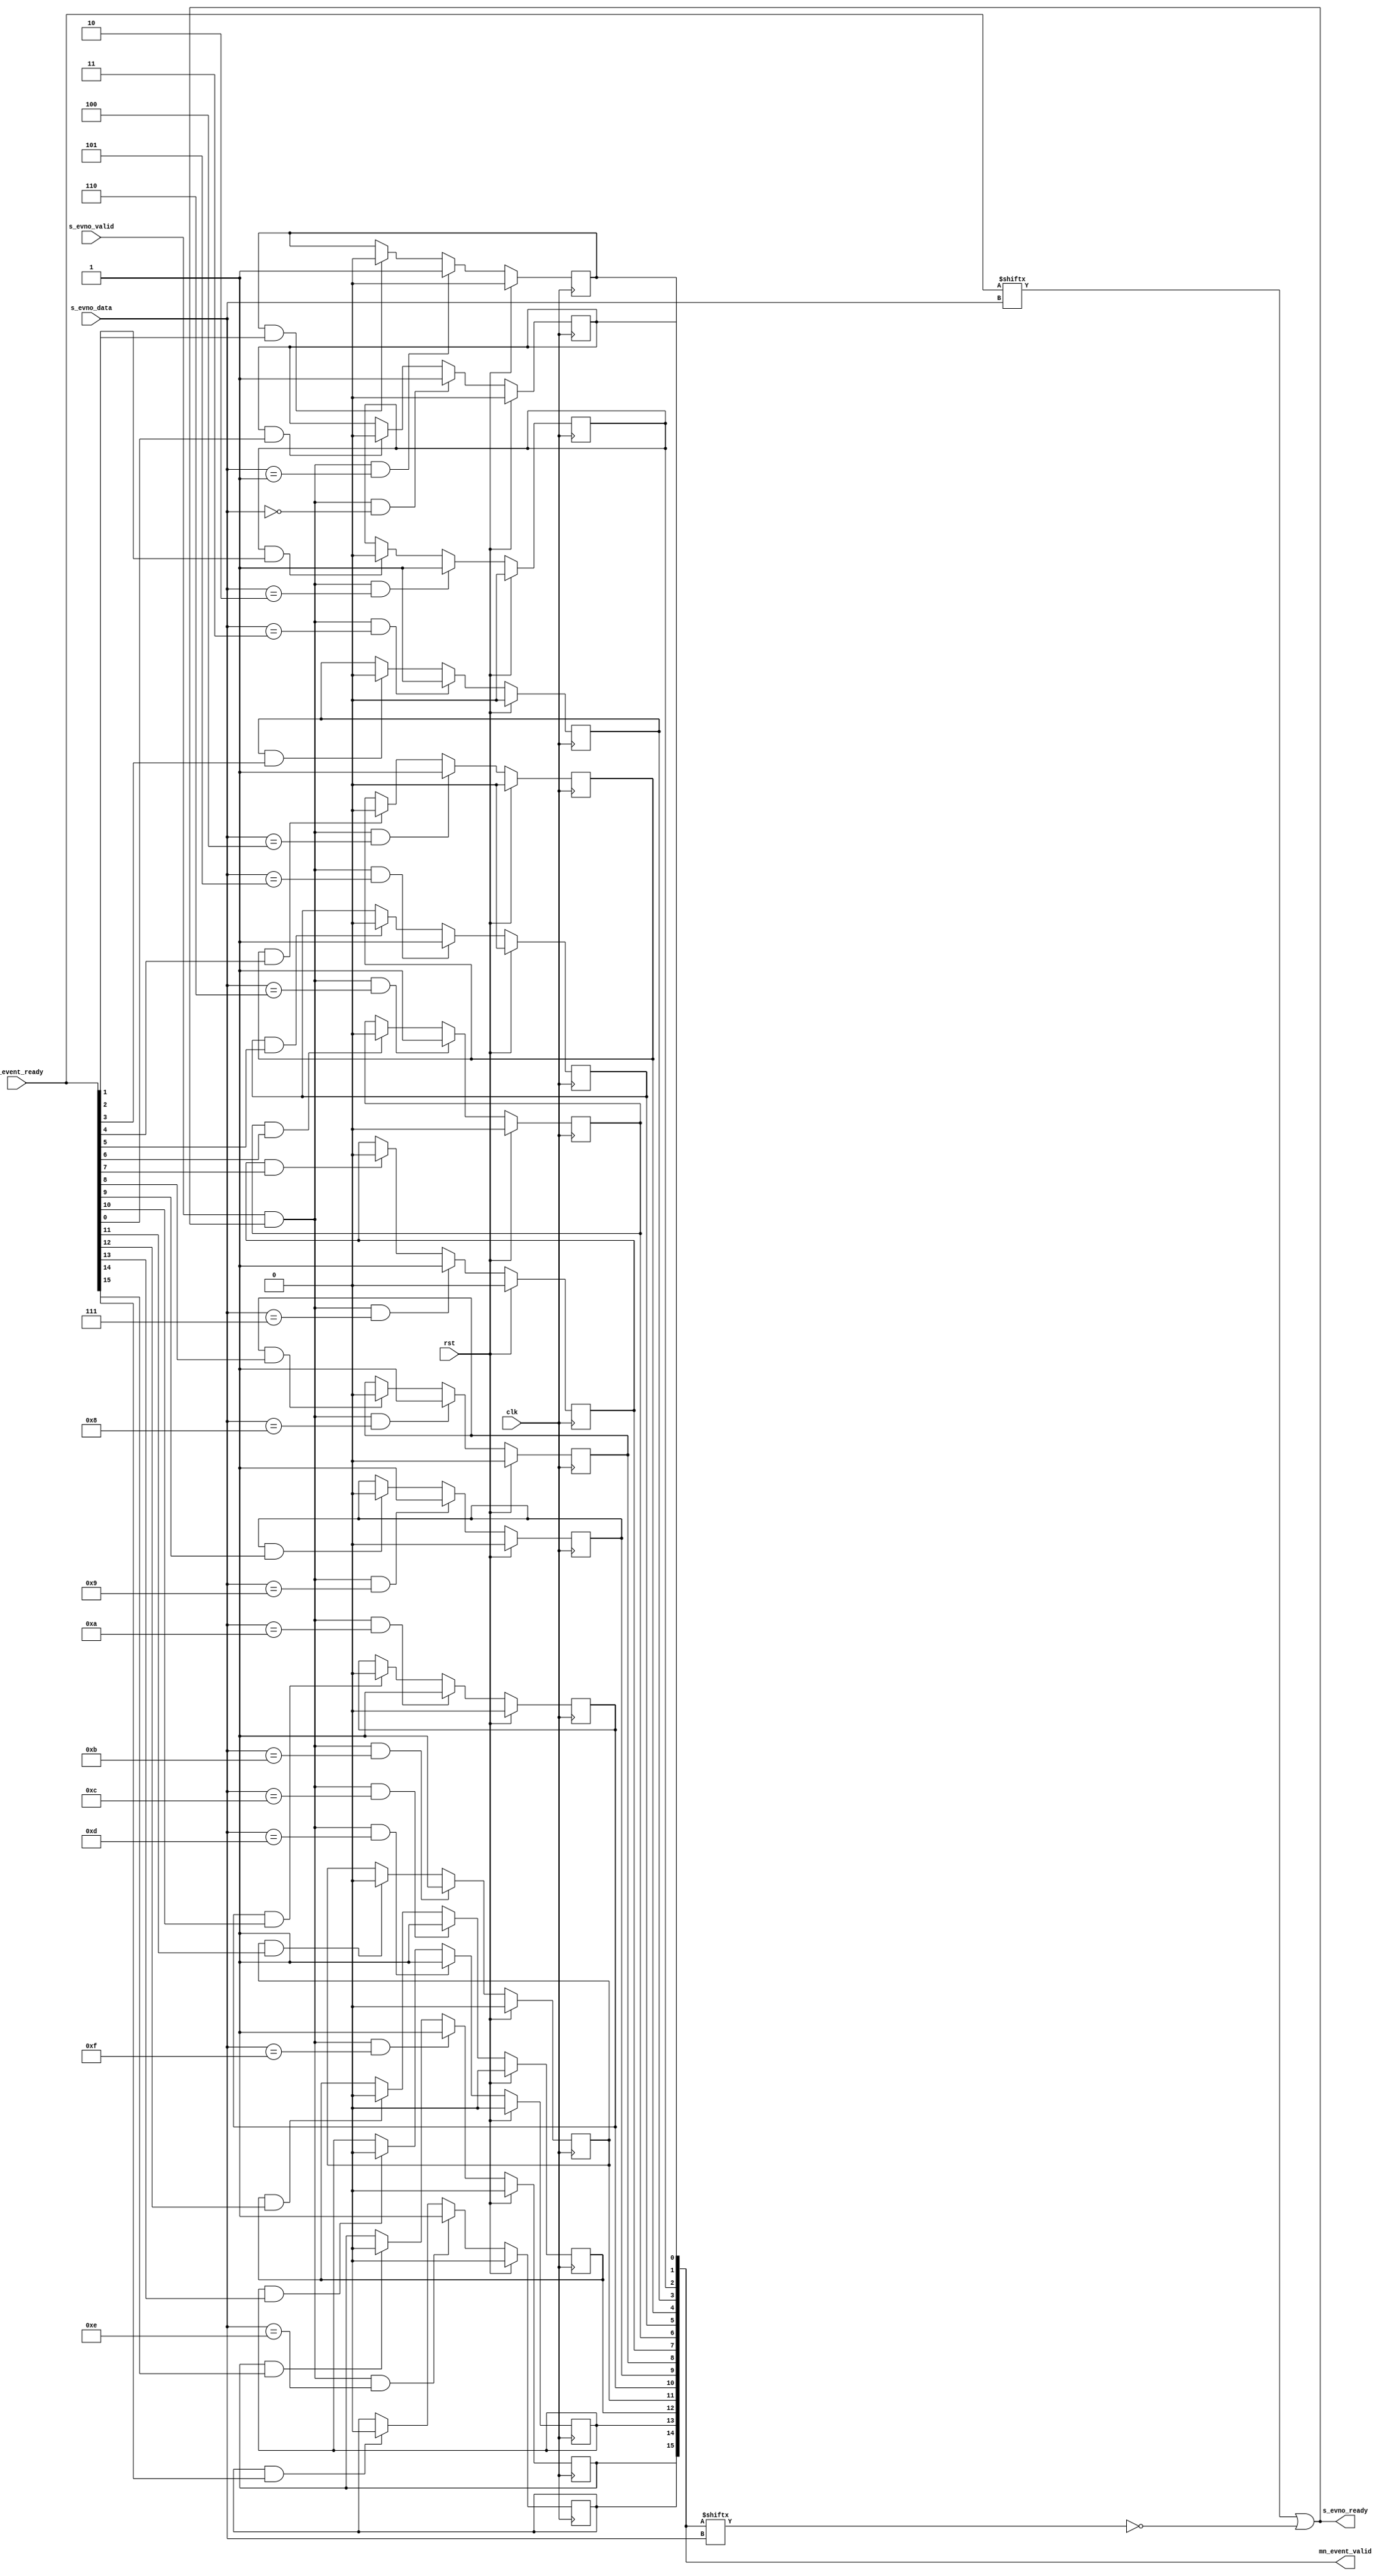
module event_deserialzer #(
    parameter COUNT = 16,
    parameter COUNT_BITS = 4
) (
    input clk,
    input rst,

    // Event source
    output reg [COUNT - 1:0]   mn_event_valid,
    input [COUNT - 1:0]        mn_event_ready,

    // Serialized event number    
    input [COUNT_BITS - 1:0]   s_evno_data,
    input                      s_evno_valid,
    output                     s_evno_ready
);

assign s_evno_ready = mn_event_ready[s_evno_data] || ~mn_event_valid[s_evno_data];

genvar i;
generate
for (i = 0; i < COUNT; i=i+1) begin: gen_vec
	always @(posedge clk) begin
		if (rst) begin
			mn_event_valid[i] <= 0;
		end else begin
			if (mn_event_valid[i] && mn_event_ready[i]) begin
				mn_event_valid[i] <= 0;
			end
			
			if (s_evno_valid && s_evno_ready && (s_evno_data == i)) begin
				mn_event_valid[i] <= 1'b1;
			end
		end
	end
end
endgenerate


endmodule